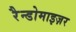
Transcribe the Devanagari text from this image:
रैन्डोमाइज़र